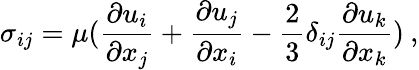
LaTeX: \sigma_{ij}=\mu(\frac{\partial u_{i}}{\partial x_{j}}+\frac{\partial u_{j}}{\partial x_{i}}-\frac{2}{3}\delta_{ij}\frac{\partial u_{k}}{\partial x_{k}})\: ,